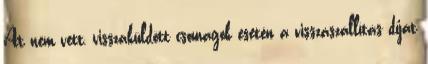
Át nem vett, visszaküldött csomagok esetén a visszaszállítás díját